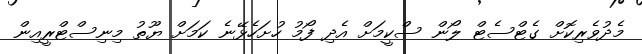
މެދުވެރިކޮށް ގެޓްސެޓް ލޯން ސްކީމަށް އެދި ފޯމު ހުށަހެޅޭނެ ކަމަށް ޔޫތު މިނިސްޓްރީއިން